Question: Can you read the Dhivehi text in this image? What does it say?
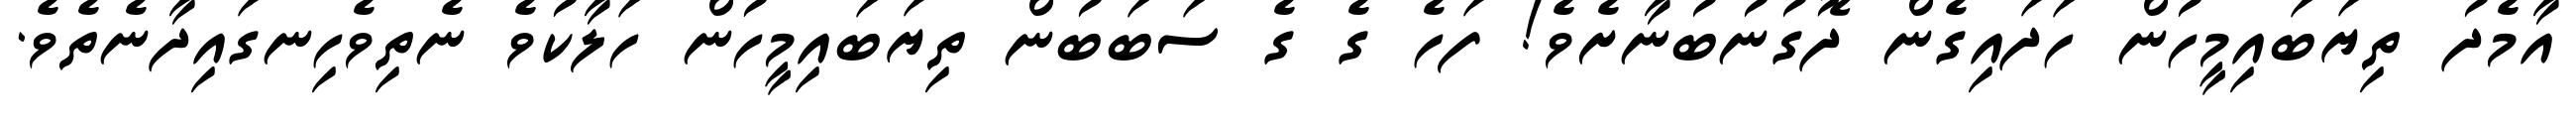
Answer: އާމެދު ތިޔަބައިމީހުން ހަދައިގެން ދޮގުނުބުނާށެވެ! ފަހެ ގެ ގެ ސަބަބުން ތިޔަބައިމީހުން ހަލާކުވެ ނެތިވެހިނގައިދާނެތެވެ.